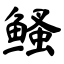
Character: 鳋